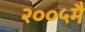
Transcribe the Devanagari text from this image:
२००५मै